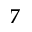
7